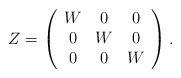
\begin{align*}Z=\left(\begin{array}{ccc}W&0&0\\0&W&0\\0&0&W\end{array}\right).\end{align*}